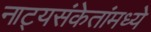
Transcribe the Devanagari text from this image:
नाट्यसंकेतांमध्ये